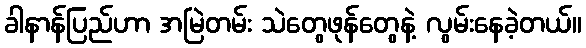
ခါနာန်ပြည်ဟာ အမြဲတမ်း သဲတွေဖုန်တွေနဲ့ လွမ်းနေခဲ့တယ်။